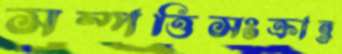
সম্পত্তিসংক্রান্ত